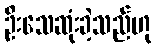
ဦးသေဆုံးခဲ့သည်ဟု